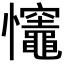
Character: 𢥼